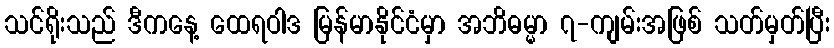
သင်ရိုးသည် ဒီကနေ့ ထေရဝါဒ မြန်မာနိုင်ငံမှာ အဘိဓမ္မာ ၇-ကျမ်းအဖြစ် သတ်မှတ်ပြီး